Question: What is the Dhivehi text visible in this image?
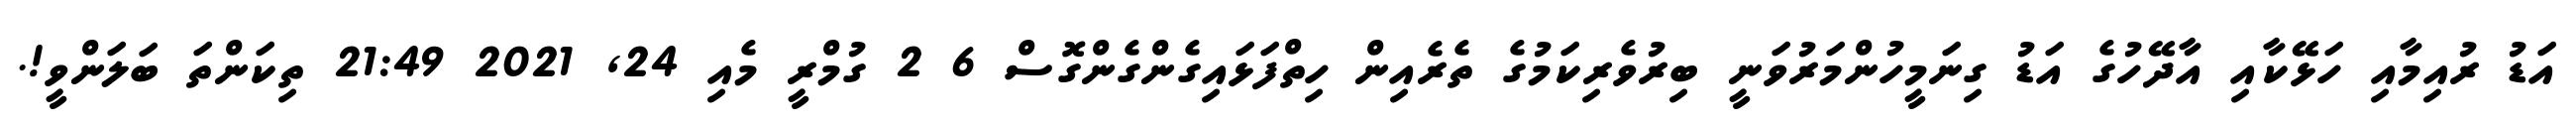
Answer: އަޑު ރުއިމާއި ހަޅޭކާއި އާދޭހުގެ އަޑު ގިނަމީހުންމަރުވަނީ ބިރުވެރިކަމުގެ ތެރެއިން ހިތްފަޅައިގެންގެންގޮސް 6 2 ގުމްރީ މެއި 24, 2021 21:49 ތިކަންތަ ބަލަންވީ!.